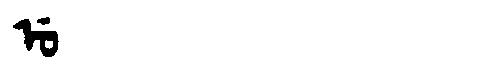
Manchu: ᡠ
Romanization: U